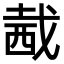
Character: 𧟭